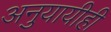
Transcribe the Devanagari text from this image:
अनुयायीही